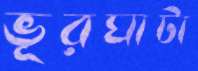
ভূরঘাটা